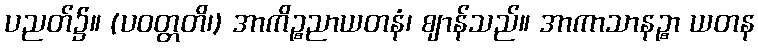
ပညတ်၌။ (ပဝတ္တတိ၊) အာကိဉ္စညာယတနံ၊ ဈာန်သည်။ အာကာသာနဉ္စာ ယတန